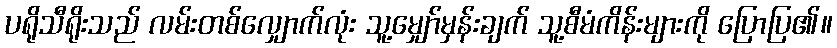
ပရိုသီရိုးသည် လမ်းတစ်လျှောက်လုံး သူ့မျှော်မှန်းချက် သူ့စီမံကိန်းများကို ပြောပြ၏။